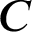
\b { C }